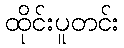
ထိုင်းပူတင်း